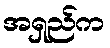
အရှည်က